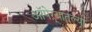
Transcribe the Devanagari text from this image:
ऑपेऱ्यातल्या